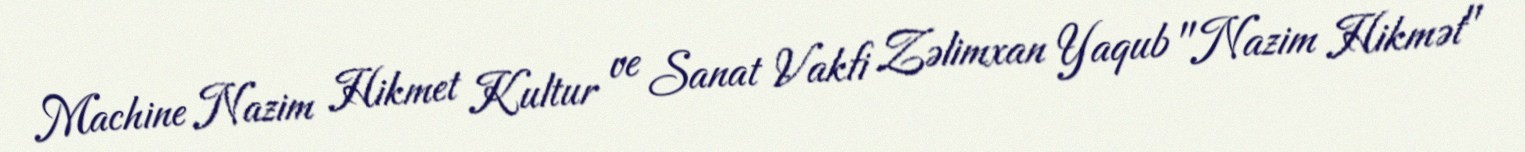
Machine Nazim Hikmet Kultur ve Sanat Vakfi Zəlimxan Yaqub "Nazim Hikmət"